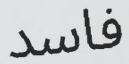
فاسد